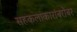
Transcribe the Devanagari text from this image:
सहकलाकारांबरोबर